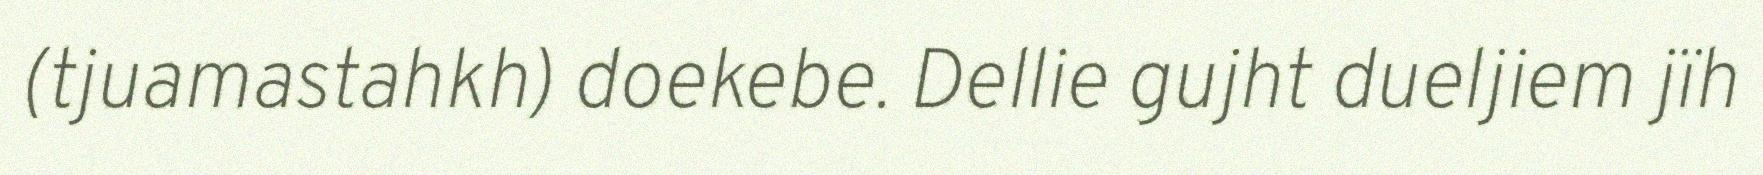
(tjuamastahkh) doekebe. Dellie gujht dueljiem jïh